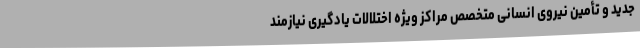
جدید و تأمین نیروی انسانی متخصص مراکز ویژه اختلالات یادگیری نیازمند